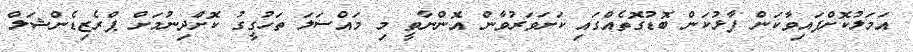
އަމަލުކޮށްފައިވާކަން ފާޅުކަން ބޮޑުގޮތެއްގައި ކަށަވަރުވާން އޮންނާތީ މި މައްސަލަ ތަހުގީގު ކޮށްދިނުމަށް ޕްރެޒިޑެންޝަލް